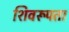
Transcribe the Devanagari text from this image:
शिवरूपता